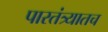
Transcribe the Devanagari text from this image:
पारतंत्र्यातच